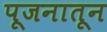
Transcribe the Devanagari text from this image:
पूजनातून